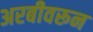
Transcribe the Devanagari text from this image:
अरबीवरून